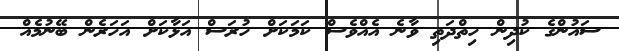
ސައުންގެ ކުދިން ހިތްދަތި ވާނެ އެއްވެސް ކަމަކަށް ހުރަސް އަޅާކަށް އަހަރެން ބޭނުމެއް